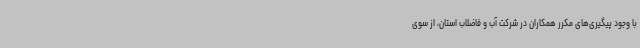
با وجود پیگیری‌های مکرر همکاران در شرکت آب و فاضلاب استان، از سوی